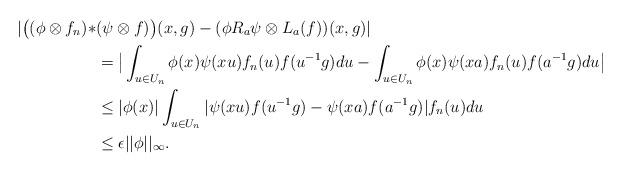
LaTeX: \begin{align*} |\big((\phi \otimes f_{n})*&(\psi \otimes f)\big)(x,g)-(\phi R_{a}\psi \otimes L_{a}(f))(x,g)| \\ &= \big|\int_{u \in U_{n}}\phi(x)\psi(xu)f_{n}(u)f(u^{-1}g)du - \int_{u \in U_{n}}\phi(x)\psi(xa)f_{n}(u)f(a^{-1}g)du \big |\\&\leq |\phi(x)|\int_{u \in U_{n}}|\psi(xu)f(u^{-1}g)-\psi(xa)f(a^{-1}g)|f_{n}(u)du \\ &\leq \epsilon ||\phi||_{\infty}.\end{align*}